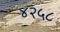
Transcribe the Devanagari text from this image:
४२५८